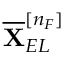
\overline { { \mathbf { X } } } _ { E L } ^ { [ n _ { F } ] }